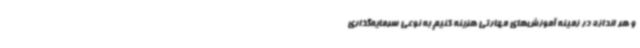
و هر اندازه در زمینه آموزش‌های مهارتی هزینه کنیم به نوعی سرمایه‌گذاری